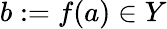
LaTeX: b:=f(a)\in Y